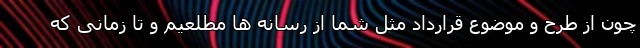
چون از طرح و موضوع قرارداد مثل شما از رسانه ها مطلعیم و تا زمانی که